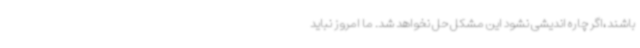
باشند،اگر چاره اندیشی نشود این مشکل حل نخواهد شد. ما امروز نباید